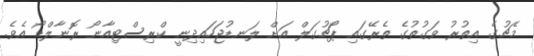
މެޗުގެ އިތުރު ވަގުތުގެ ތެރޭގައި ޕޯޗުގަލް އަށް ލަނޑުޖަހައިދިނީ ކްރިސްޓިއާނޯ ރޮނާލްޑޯ އެވެ.